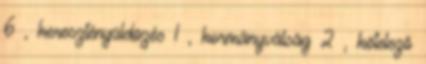
6 , keresztényüldözés 1 , kormányválság 2 , kötelező